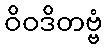
ဝိဝဒိတဗ္ဗံ